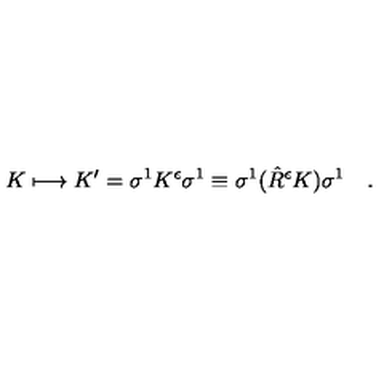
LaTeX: K \longmapsto K ^ { \prime } = \sigma ^ { 1 } K ^ { \epsilon } \sigma ^ { 1 } \equiv \sigma ^ { 1 } ( \hat { R } ^ { \epsilon } K ) \sigma ^ { 1 } \quad .